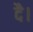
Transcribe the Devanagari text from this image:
दै।